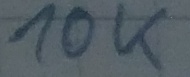
Text: 10K